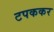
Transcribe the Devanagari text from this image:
टपककर